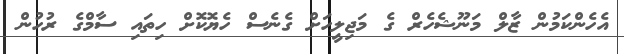
އެހެންކަމުން ޒާލް މަނޫޝެހެރް ގެ މަޖިލީހަށް ގެނެސް ހެޔޮކޮށް ހިތައި ސާމްގެ ރުހުން